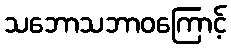
သဘောသဘာဝကြောင့်